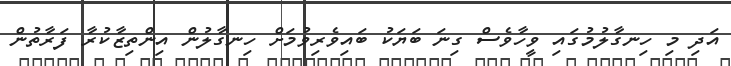
އަދި މި ހިނގާލުމުގައި ވީހާވެސް ގިނަ ބަޔަކު ބައިވެރިވުމަށް ހިނގާލުން އިންތިޒާކުރާ ފަރާތުން